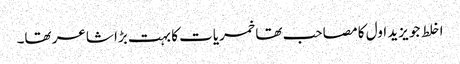
اخلط جو یزید اول کا مصاحب تھا خمریات کا بہت بڑا شاعر تھا۔